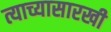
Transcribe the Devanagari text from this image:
त्याच्यासारखी